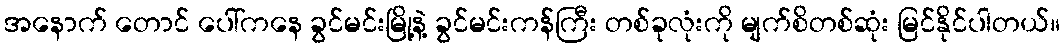
အနောက် တောင် ပေါ်ကနေ ခွင်မင်းမြို့နဲ့ ခွင်မင်းကန်ကြီး တစ်ခုလုံးကို မျက်စိတစ်ဆုံး မြင်နိုင်ပါတယ်။